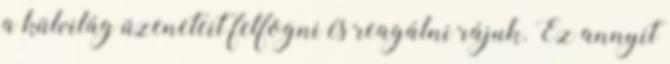
a külvilág üzeneteit felfogni és reagálni rájuk. Ez annyit